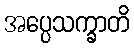
အပ္ပေသက္ခာတိ